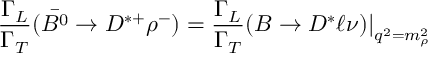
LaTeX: { \frac { \Gamma _ { L } } { \Gamma _ { T } } } ( { \bar { B ^ { 0 } } \to D ^ { * + } \rho ^ { - } } ) = { \frac { \Gamma _ { L } } { \Gamma _ { T } } } { ( B \to D ^ { * } \ell \nu ) | } _ { q ^ { 2 } = m _ { \rho } ^ { 2 } }